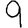
Digit: 9